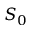
S _ { 0 }